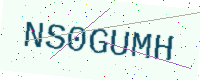
Text: NS0GUMH